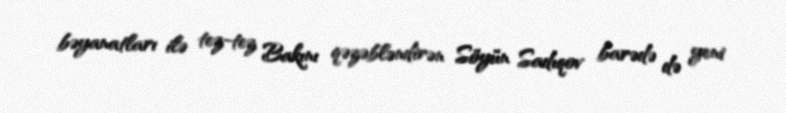
bəyanatları ilə tez-tez Bakını qəzəbləndirən Söyün Sadıqov barədə də yeni